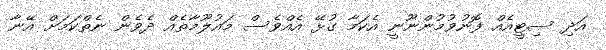
އަދި ސިޓީއެއް ފޮނުވުމުންނޫނީ އެކަމާ ގުޅޭ އެއްވެސް މައުލޫމާތެއް ދެވެން ނެތްކަމަށް އޭނާ